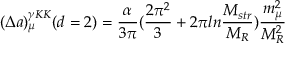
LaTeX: ( \Delta a ) _ { \mu } ^ { \gamma K K } ( d = 2 ) = \frac { \alpha } { 3 \pi } ( \frac { 2 \pi ^ { 2 } } { 3 } + 2 \pi l n \frac { M _ { s t r } } { M _ { R } } ) \frac { m _ { \mu } ^ { 2 } } { M _ { R } ^ { 2 } }